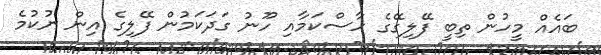
ބައެއް މީހުން ތިބީ ފޭލިގޭގެ ހާސްކަމާއި ހޫނު ގަދަކަމުން ފޭލިގެ އިން ނުކުމެ